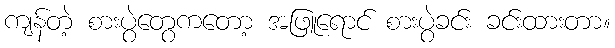
ကျန်တဲ့ စားပွဲတွေကတော့ အဖြူရောင် စားပွဲခင်း ခင်းထားတာ။